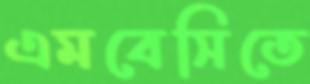
এমবেসিতে